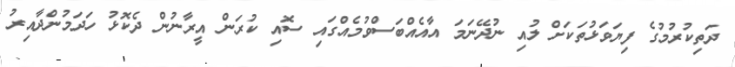
ދަތިކުރުމުގެ ފިޔަވަޅުތަކަށް ލުއި ނުދޭނަމަ އާއެއްބަސްވުމެއްގައި ސޮއި ކުރަން އީރާނުން ދެކޮޅު ހަދަމުންދާއިރު